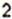
2